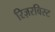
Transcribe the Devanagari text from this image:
रिज़रविस्ट